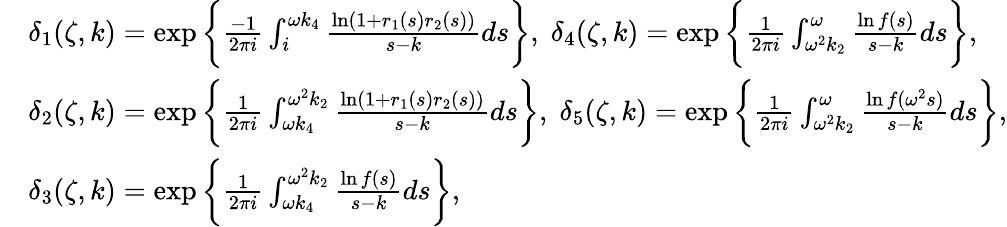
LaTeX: \begin{array}{rl}&{\delta_{1}(\zeta,k)=\exp\bigg\{ \frac{-1}{2\pi i}\int_{i}^{\omega k_{4}}\frac{\ln(1+r_{1}(s)r_{2}(s))}{s-k}ds\bigg\} ,\; \delta_{4}(\zeta,k)=\exp\bigg\{ \frac{1}{2\pi i}\int_{\omega^{2}k_{2}}^{\omega}\frac{\ln f(s)}{s-k}ds\bigg\} ,}\\ &{\delta_{2}(\zeta,k)=\exp\bigg\{ \frac{1}{2\pi i}\int_{\omega k_{4}}^{\omega^{2}k_{2}}\frac{\ln(1+r_{1}(s)r_{2}(s))}{s-k}ds\bigg\} ,\; \delta_{5}(\zeta,k)=\exp\bigg\{ \frac{1}{2\pi i}\int_{\omega^{2}k_{2}}^{\omega}\frac{\ln f(\omega^{2}s)}{s-k}ds\bigg\} ,}\\ &{\delta_{3}(\zeta,k)=\exp\bigg\{ \frac{1}{2\pi i}\int_{\omega k_{4}}^{\omega^{2}k_{2}}\frac{\ln f(s)}{s-k}ds\bigg\} ,}\end{array}